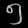
Digit: ၅